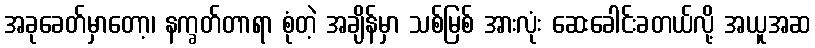
အခုခေတ်မှာတော့၊ နက္ခတ်တာရာ စုံတဲ့ အချိန်မှာ သစ်မြစ် အားလုံး ဆေးခေါင်းခတယ်လို့ အယူအဆ